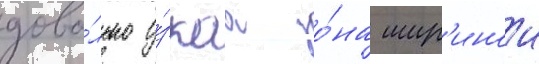
дово́льно у́зкаа зо́на шир'инои